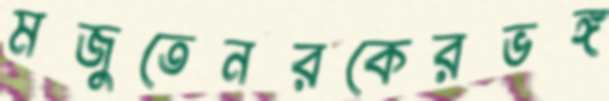
মজুতেনরকেরভঙ্গ